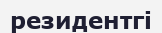
резидентгі